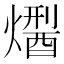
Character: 𤏾